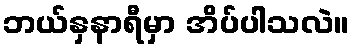
ဘယ်နှနာရီမှာ အိပ်ပါသလဲ။